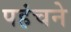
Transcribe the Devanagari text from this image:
पहंचने